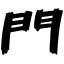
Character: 門